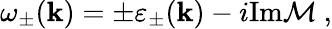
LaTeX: \omega_{\pm}({\mathbf k})=\pm\varepsilon_{\pm}({\mathbf k})-i\mathrm{Im}{\cal M}\ ,